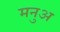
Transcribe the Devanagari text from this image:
मनुअ